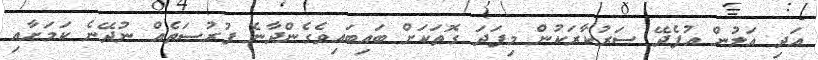
އަދި އަލުން އުފެދޭ ސަރުކާރަކުން މިފަދަ ގޮތަކަށް ބައިބައިވެގެންދާނެ ފުރުޞަތެއް ނުދޭނެ ކަމަށާއި